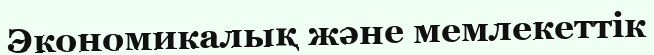
Экономикалық және мемлекеттік